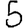
Digit: 5